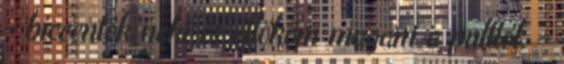
- biccentek neki és ellököm magam a pulttól. -